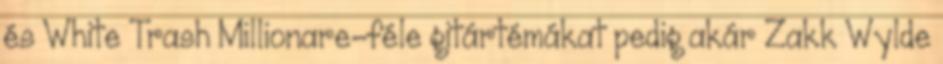
és White Trash Millionare-féle gitártémákat pedig akár Zakk Wylde